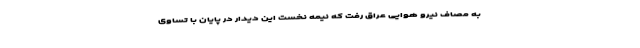
به مصاف نیرو هوایی عراق رفت که نیمه نخست این دیدار در پایان با تساوی